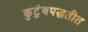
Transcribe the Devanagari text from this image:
कुटुंबपद्धतीत